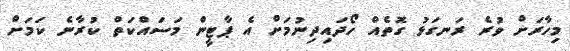
މިހާރަށް ވުރެ ރަނގަޅު ގޮތެއް ހޯދައިދިނުމަށް އެ ޕާޓީން މަސައްކަތް ކުރާނެ ކަމަށް